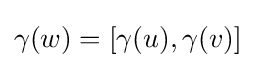
\gamma (w)=[\gamma (u),\gamma (v)]